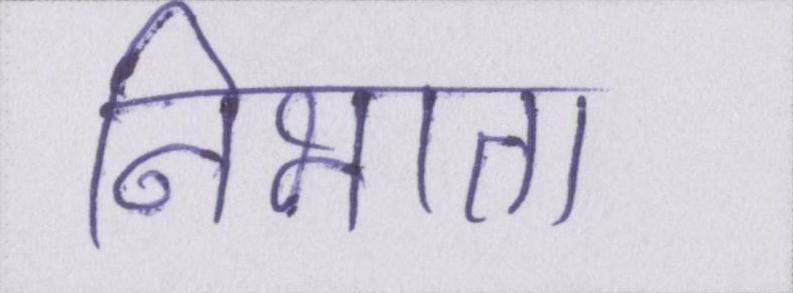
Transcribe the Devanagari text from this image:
निभाता